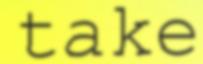
take